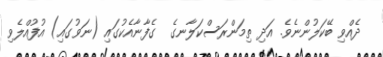
ދެއްވި ބޭކަލުންނެވެ. އަދި ތިމަންރަސްކަލާނގެ  ގެފާނާއެކުގައި (ނަވުގައި) އުފުއްލެވި